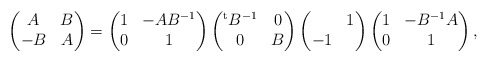
\begin{align*} \begin{pmatrix} A & B \\ -B & A \end{pmatrix} =\begin{pmatrix} 1 & -AB^{-1} \\ 0 & 1 \end{pmatrix} \begin{pmatrix} {}^{\rm t}B^{-1} & 0 \\ 0 & B \end{pmatrix} \begin{pmatrix} & 1 \\ -1 & \end{pmatrix} \begin{pmatrix} 1 & -B^{-1}A \\ 0 & 1 \end{pmatrix},\end{align*}